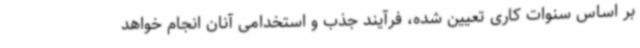
بر اساس سنوات کاری تعیین شده، فرآیند جذب و استخدامی آنان انجام خواهد